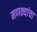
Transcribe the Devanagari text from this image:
मणक्यांचा